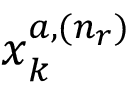
\v { x } _ { k } ^ { a , ( n _ { r } ) }